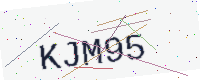
Text: KJM95